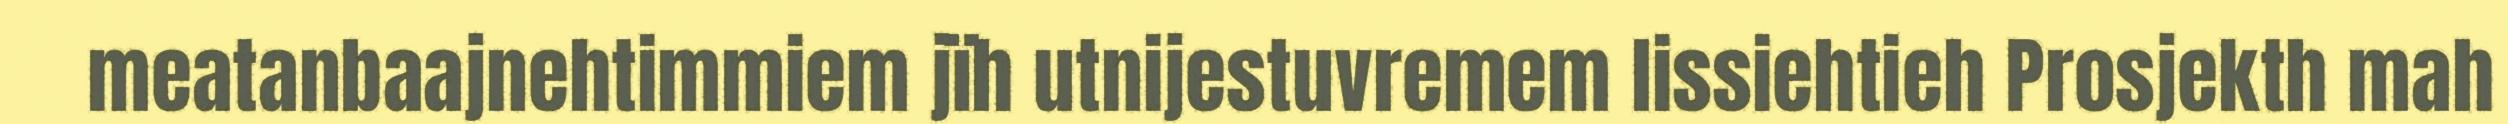
meatanbaajnehtimmiem jïh utnijestuvremem lissiehtieh Prosjekth mah